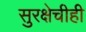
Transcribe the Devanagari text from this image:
सुरक्षेचीही